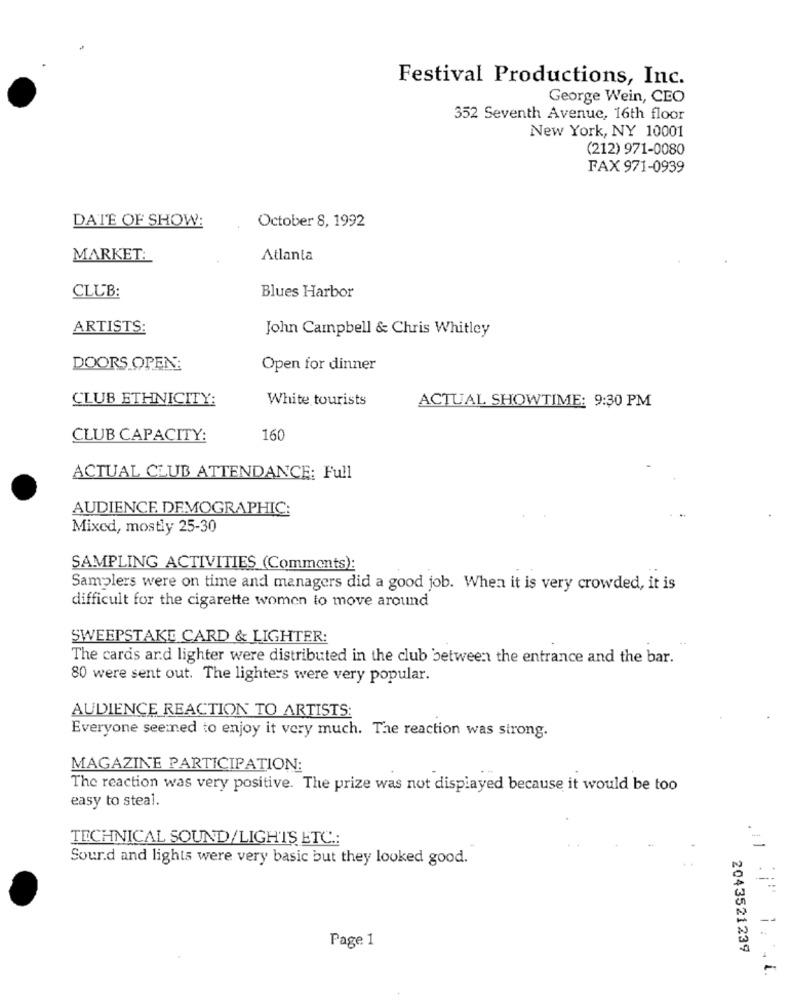
Festival Productions, Inc.
George Wein, CEO
352 Seventh Avenue, 16th floor
New York, NY 10001
(212) 971-0080
FAX 971-0939
DATE OF SHOW:
October 8, 1992
MARKET:
Atlanta
CLUB:
Blues Harbor
ARTISTS:
John Campbell & Chris Whitley
DOORS OPEN:
Open for dinner
CLUB ETHNICITY:
White tourists
ACTUAL SHOWTIME: 9:30 PM
CLUB CAPACITY:
160
ACTUAL CLUB ATTENDANCE: Full
AUDIENCE DEMOGRAPHIC:
Mixed, mostly 25-30
SAMPLING ACTIVITIES (Comments):
Samplers were on time and managers did a good job. When it is very crowded, it is
difficult for the cigarette women to move around
SWEEPSTAKE CARD & LIGHTER:
The cards ard lighter were distributed in the club between the entrance and the bar.
80 were sent out. The lighters were very popular.
AUDIENCE REACTION TO ARTISTS:
Everyone see ned to enjoy it very much. The reaction was strong.
MAGAZINE PARTICIPATION:
The reaction was very positive. The prize was not displayed because it would be too
easy to steal.
TECHNICAL SOUND/LIGHTS ETC .:
=
Sourd and lights were very basic but they looked good.
Page 1
2043521239
-